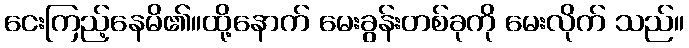
ငေးကြည့်နေမိ၏။ထို့နောက် မေးခွန်းတစ်ခုကို မေးလိုက် သည်။